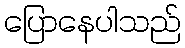
ပြောနေပါသည်